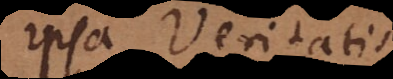
ipsa Veritatis